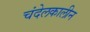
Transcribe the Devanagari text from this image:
चंदेलकालीन